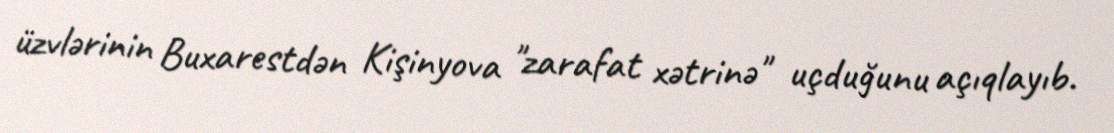
üzvlərinin Buxarestdən Kişinyova "zarafat xətrinə" uçduğunu açıqlayıb.